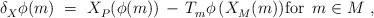
\begin{align*} \delta_X^{} \phi(m)~=~X_P^{}(\phi(m)) \, - \, T_m^{} \phi \, (X_M^{}(m)) \mbox{for $\, m \in M$}~,\end{align*}